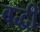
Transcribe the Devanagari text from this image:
बद्धी